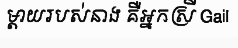
ម្តាយរបស់នាង គឺអ្នកស្រី Gail